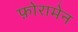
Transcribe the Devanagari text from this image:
फ़ोरामेन